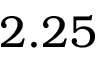
2 . 2 5